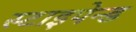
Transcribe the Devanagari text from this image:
स्टाइपेन्ड